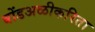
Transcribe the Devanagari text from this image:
बोंडअळीकरिता